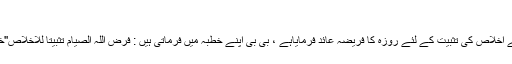
(١)
حضرت فاطمہ زہراء سلام اللہ علیہا نے اس بات کی صراحت فرمائی ہے کہ خدا نے اخلاص کی تثبیت کے لئے روزہ کا فریضہ عائد فرمایاہے ، بی بی اپنے خطبہ میں فرماتی ہیں : فرض اللہ الصیام تثبیتا للاخلاص''خداوندعالم نے اخلاص کی استواری اور تثبیت کے لئے روزہ کو واجب قرار دیاہے ''۔